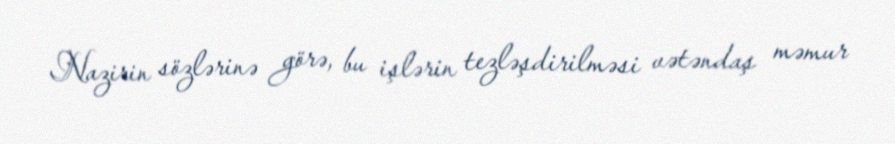
Nazirin sözlərinə görə, bu işlərin tezləşdirilməsi vətəndaş məmur